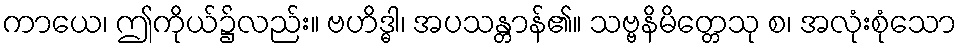
ကာယေ၊ ဤကိုယ်၌လည်း။ ဗဟိဒ္ဓါ၊ အပသန္တာန်၏။ သဗ္ဗနိမိတ္တေသု စ၊ အလုံးစုံသော